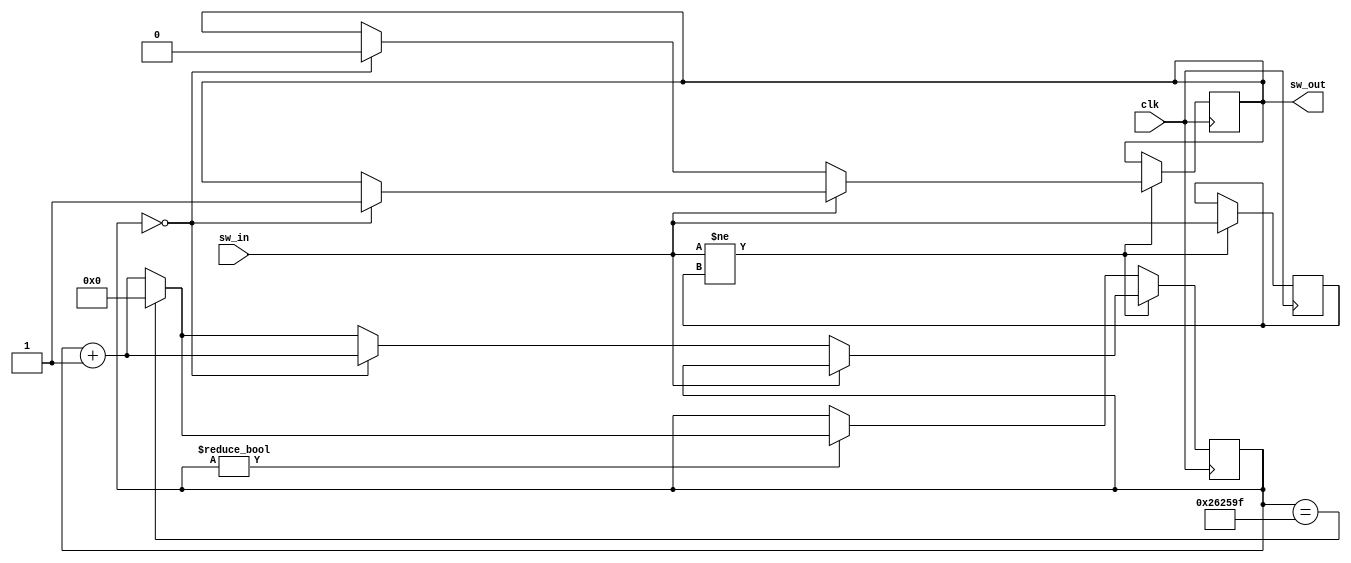
`timescale 1ns / 1ps
module debounce(clk,sw_in,sw_out);
    input clk,sw_in;
    output reg sw_out;
    parameter M=2500_000;
//    parameter M=3;
    reg [24:0] counter;
    reg sw_flag;
    initial 
      begin
        counter<=25'b0;
        sw_out<=0;
        sw_flag<=0;
      end
      
    always @(posedge clk)
      begin
        if(sw_in!=sw_flag)       //
          begin
            sw_flag<=sw_in;
            if(sw_in==1'b1) //
              begin sw_out<=counter==25'b0 ? sw_in : sw_out;end
            else //
              begin
                if(counter==25'b0) //
                    begin counter<=counter+1;sw_out<=sw_in; end
                else
                    counter<=counter==M-1 ? 0 : counter+1;
              end
          end  
       else if(counter)
         counter<=counter==M-1 ? 0 : counter+1;
       else counter<=counter; 
      end
endmodule